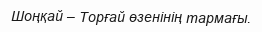
Шоңқай – Торғай өзенінің тармағы.